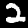
Label: 2